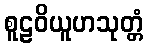
စူဠဝိယူဟသုတ္တံ